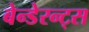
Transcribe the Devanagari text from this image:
बेन्डेरन्ट्स